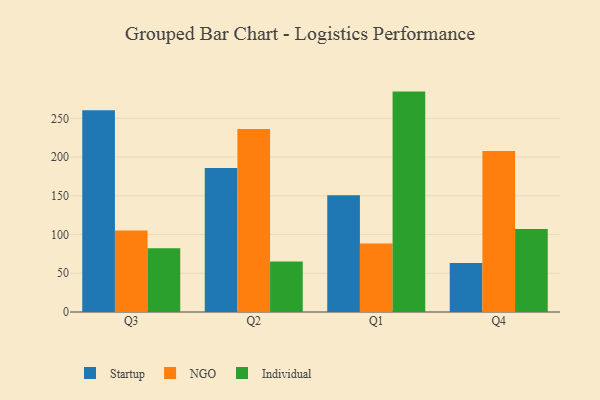
{"axis": {"x": "Quarter", "y": "Humidity (%)"}, "legend": ["Individual", "NGO", "Startup"], "data": [{"x": "Q3", "y": 260.5, "type": "Startup"}, {"x": "Q3", "y": 105.1, "type": "NGO"}, {"x": "Q3", "y": 82.3, "type": "Individual"}, {"x": "Q2", "y": 185.9, "type": "Startup"}, {"x": "Q2", "y": 236.3, "type": "NGO"}, {"x": "Q2", "y": 65.1, "type": "Individual"}, {"x": "Q1", "y": 150.7, "type": "Startup"}, {"x": "Q1", "y": 88.3, "type": "NGO"}, {"x": "Q1", "y": 284.5, "type": "Individual"}, {"x": "Q4", "y": 63.1, "type": "Startup"}, {"x": "Q4", "y": 207.7, "type": "NGO"}, {"x": "Q4", "y": 107.3, "type": "Individual"}]}